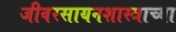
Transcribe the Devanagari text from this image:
जीवरसायनशास्त्राच्या